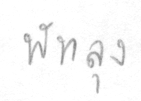
พัทลุง